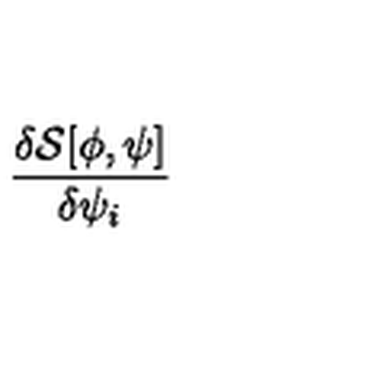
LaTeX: \frac { \delta { \mathcal { S } } [ \phi , \psi ] } { \delta \psi _ { i } }